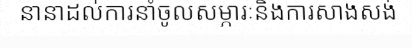
នានាដល់ការនាំចូលសម្ភារៈនិងការសាងសង់